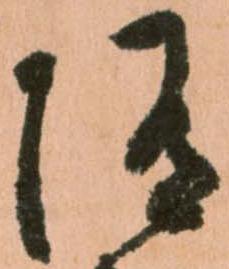
随